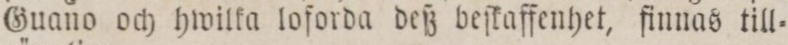
Guano och hwilka loforda deß beſkaffenhet, finnas till=